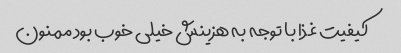
کیفیت غذا با توجه به هزینش خیلی خوب بود ممنون